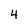
Character: 4